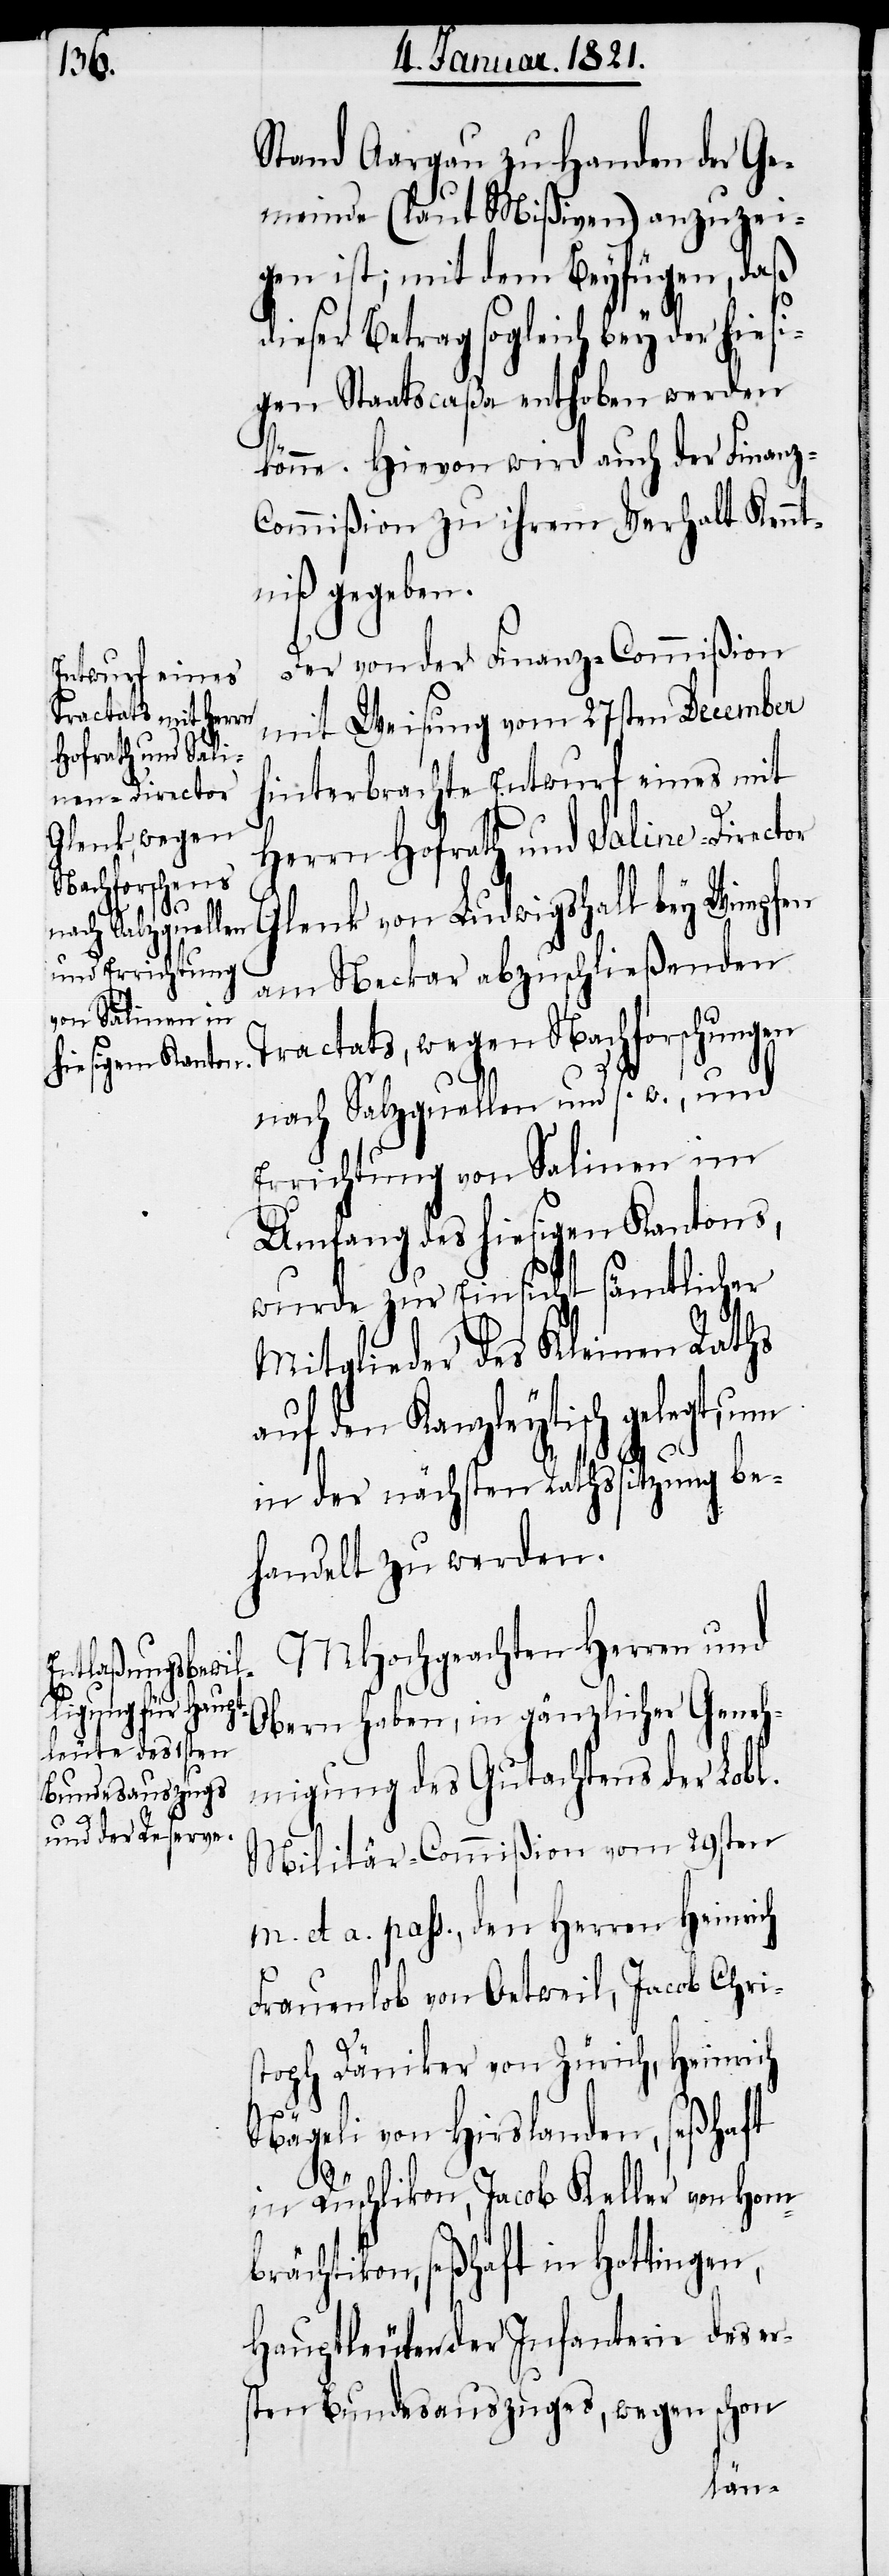
Stand Aargau zu Handen der Ge¬
meinde (laut Mißiven) anzuzei¬
gen ist; mit dem Beyfügen, daß
dieser Betrag sogleich bey der hiesi¬
gen Staatscaßa enthoben werden
könne. Hievon wird auch der Finanz-C¬
ommißion zu ihrem Verhalt Kennt¬
niß gegeben.
Der von der Finanz-Commißion
mit Weisung vom 27sten December
hinterbrachte Entwurf eines mit
Herrn Hofrath und Saline-Director
Glenk von Ludwigshall bey Wimpfen
am Neckar abzuschließenden
Tractats, wegen Nachforschungen
nach Salzquellen und s. w., und
Errichtung von Salinen im
Umfang des hiesigen Kantons,
wurde zur Einsicht sämtlicher
Mitglieder des Kleinen Rathes
auf den Kanzleytisch gelegt, um
in der nächsten Rathssitzung be¬
handelt zu werden.
MHochgeachten Herren und
Obern haben, in gänzlicher Geneh¬
migung des Gutachtens der Lobl.
Militär-Commißion vom 29sten
m. et a. pass., den Herren Heinrich
Frauenlob von Oetweil, Jacob Chris¬
toph Däniker von Zürich, Heinrich
Nägeli von Hirslanden, seßhaft
in Rüschlikon, Jacob Keller von Hom¬
brächtikon, seßhaft in Hottingen,
Hauptleuten der Infanterie des er¬
sten Bundesauszuges, wegen schon